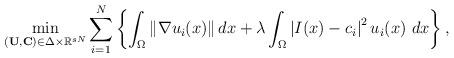
LaTeX: \begin{align*} \min_{(\mathbf{U},\mathbf{C})\in \Delta\times\mathbb{R}^{sN}}\sum_{i=1}^N\left\{\int_\Omega\left\|\nabla u_i(x)\right\|dx + \lambda\int_\Omega \left|I(x) - c_i\right|^2u_i(x) \ dx\right\}, \end{align*}